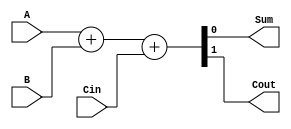
module full_adder(
    input A, //input A
    input B, //input B
    input Cin, //input carry in
    output Sum, //output sum
    output Cout //output carry out
);

assign {Cout, Sum} = A + B + Cin;

endmodule